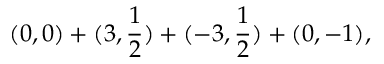
( 0 , 0 ) + ( 3 , \frac { 1 } { 2 } ) + ( - 3 , \frac { 1 } { 2 } ) + ( 0 , - 1 ) ,